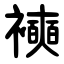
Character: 襫